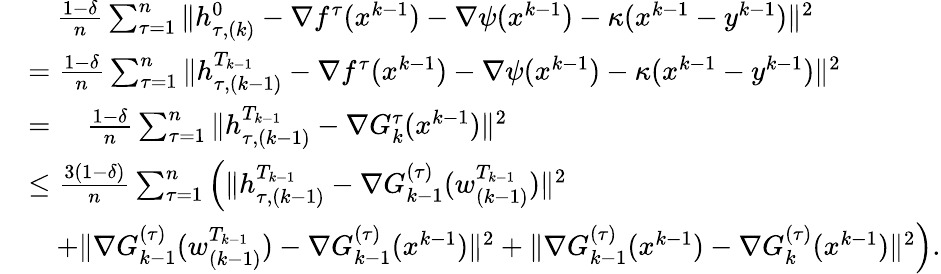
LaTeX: \begin{array}{rl}&{\quad\frac{1-\delta}{n}\sum_{\tau=1}^{n}\| h_{\tau,(k)}^{0}-\nabla f^{\tau}(x^{k-1})-\nabla\psi(x^{k-1})-\kappa(x^{k-1}-y^{k-1})\| ^{2}}\\ &{=\frac{1-\delta}{n}\sum_{\tau=1}^{n}\| h_{\tau,(k-1)}^{T_{k-1}}-\nabla f^{\tau}(x^{k-1})-\nabla\psi(x^{k-1})-\kappa(x^{k-1}-y^{k-1})\| ^{2}}\\ &{=\quad\frac{1-\delta}{n}\sum_{\tau=1}^{n}\| h_{\tau,(k-1)}^{T_{k-1}}-\nabla G_{k}^{\tau}(x^{k-1})\| ^{2}}\\ &{\leq\frac{3(1-\delta)}{n}\sum_{\tau=1}^{n}\left(\| h_{\tau,(k-1)}^{T_{k-1}}-\nabla G_{k-1}^{(\tau)}(w_{(k-1)}^{T_{k-1}})\| ^{2}\right.}\\ &{\quad\left.+\| \nabla G_{k-1}^{(\tau)}(w_{(k-1)}^{T_{k-1}})-\nabla G_{k-1}^{(\tau)}(x^{k-1})\| ^{2}+\| \nabla G_{k-1}^{(\tau)}(x^{k-1})-\nabla G_{k}^{(\tau)}(x^{k-1})\| ^{2}\right).}\end{array}